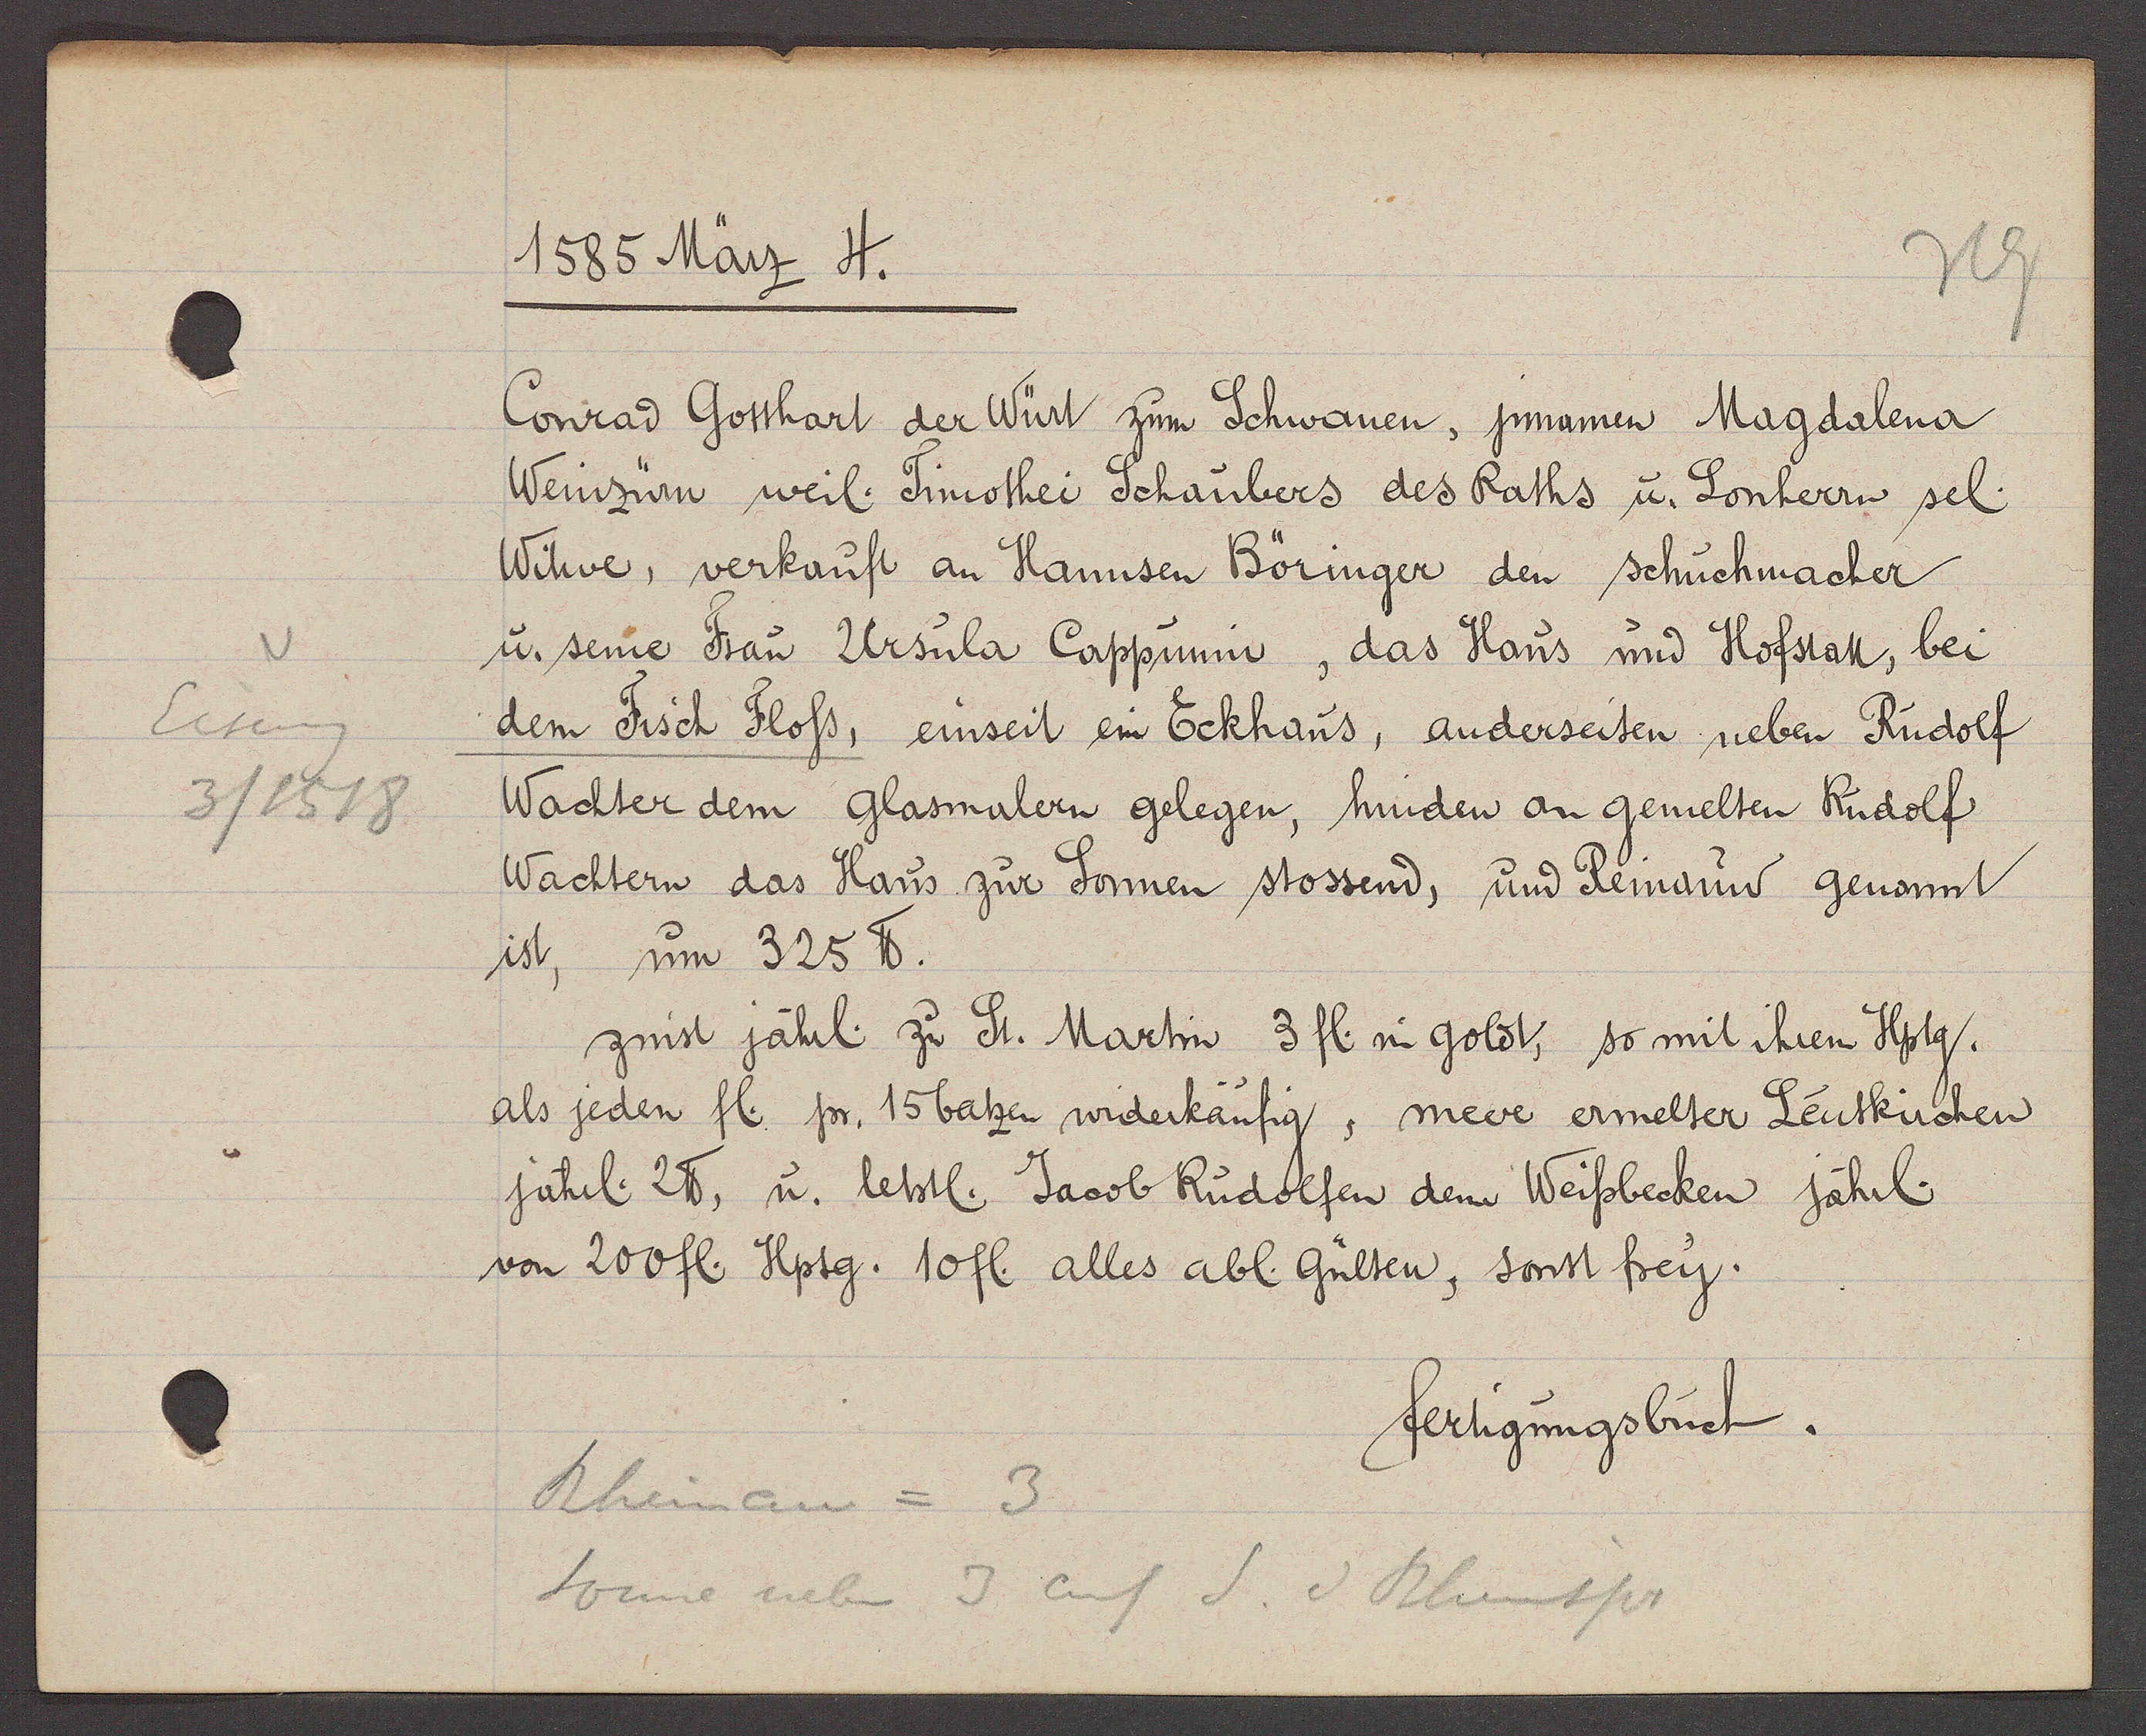
Transcript:
Eiseng
3 / 1518

1585 März 4.

Conrad Gotthart der Würt zum Schwanen, jnnamen Magdalena
Weinzürn weil. Timothei Schaubers des Raths u. Lonherrn sel.
Witwe, verkauft an Hannsen Böringer den schuchmacher
u. seine Frau Ursula Cappunin, das Haus und Hofstatt, bei
dem Fisch Floss einseit ein Eckhaus, anderseiten neben Rudolf
Wachter dem Glasmaler gelegen, hinden an gemelten Rudolf
Wachtern das Haus zur Sonnen stossend, und Reinauw genannt
ist, um 325 ℔.
zinst jährl. zu St. Martin 3 fl. in goldt, so mit ihrem Hptg.
als jeden fl. jn 15 batzen widerkäufig, meere ermelter Leutkirchen
jährl. 2 ℔, u. letstl. Jacob Rudolfen dem Weissbecken jährl.
von 200 fl. Hptg. 10 fl. alles abl. Gülten, sonst frey.

fertigungsbuch.

Rheinau = 3
Sonne neben 3 auf S. v Rheinspr